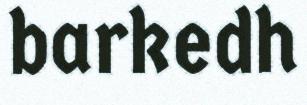
barkedh